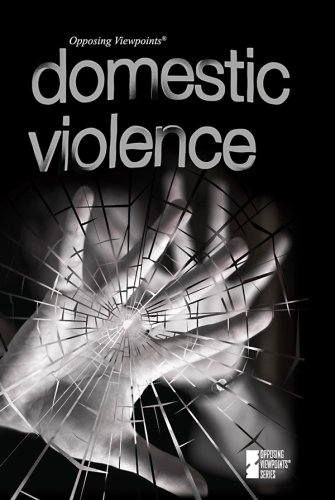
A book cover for Domestic Violence (Opposing Viewpoints); Mike Wilson; Teen & Young Adult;